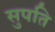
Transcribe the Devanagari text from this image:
सुपति